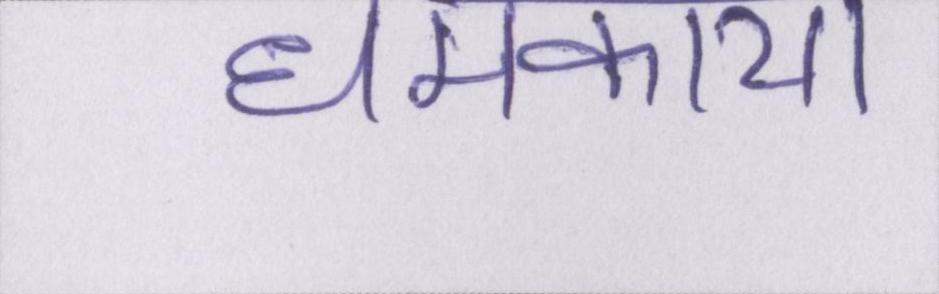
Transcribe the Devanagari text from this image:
धमकाया